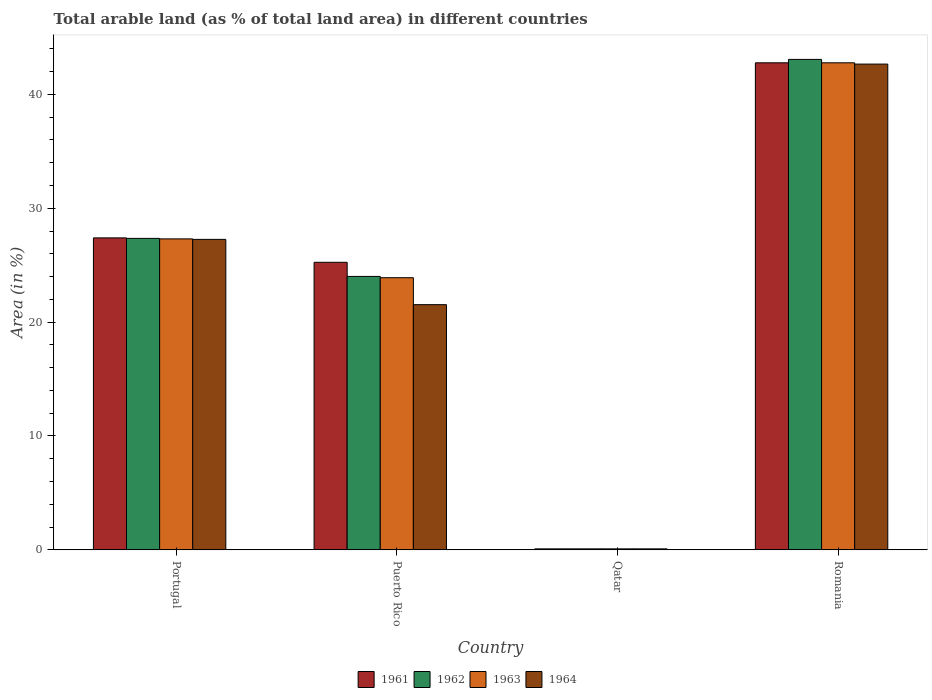
| Country | 1961 | 1962 | 1963 | 1964 |
 | --- | --- | --- | --- | --- |
 | Portugal | 27.4 | 27.4 | 27.3 | 27.3 |
 | Puerto Rico | 25.3 | 24 | 23.9 | 21.5 |
 | Qatar | 0.0861 | 0.0861 | 0.0861 | 0.0861 |
 | Romania | 42.8 | 43.1 | 42.8 | 42.7 |